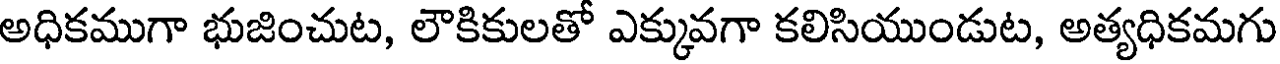
అధికముగా భుజించుట, లౌకికులతో ఎక్కువగా కలిసియుండుట, అత్యధికమగు